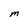
Character: M